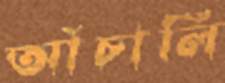
আঁচালি